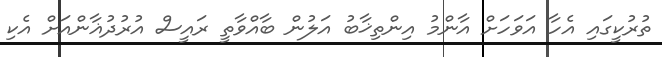
ތުރުކީގައި އެހާ އަވަހަށް އާންމު އިންތިޚާބު އަލުން ބާއްވާތީ ރައީސް އުރުދުޣާންއަށް އެކި